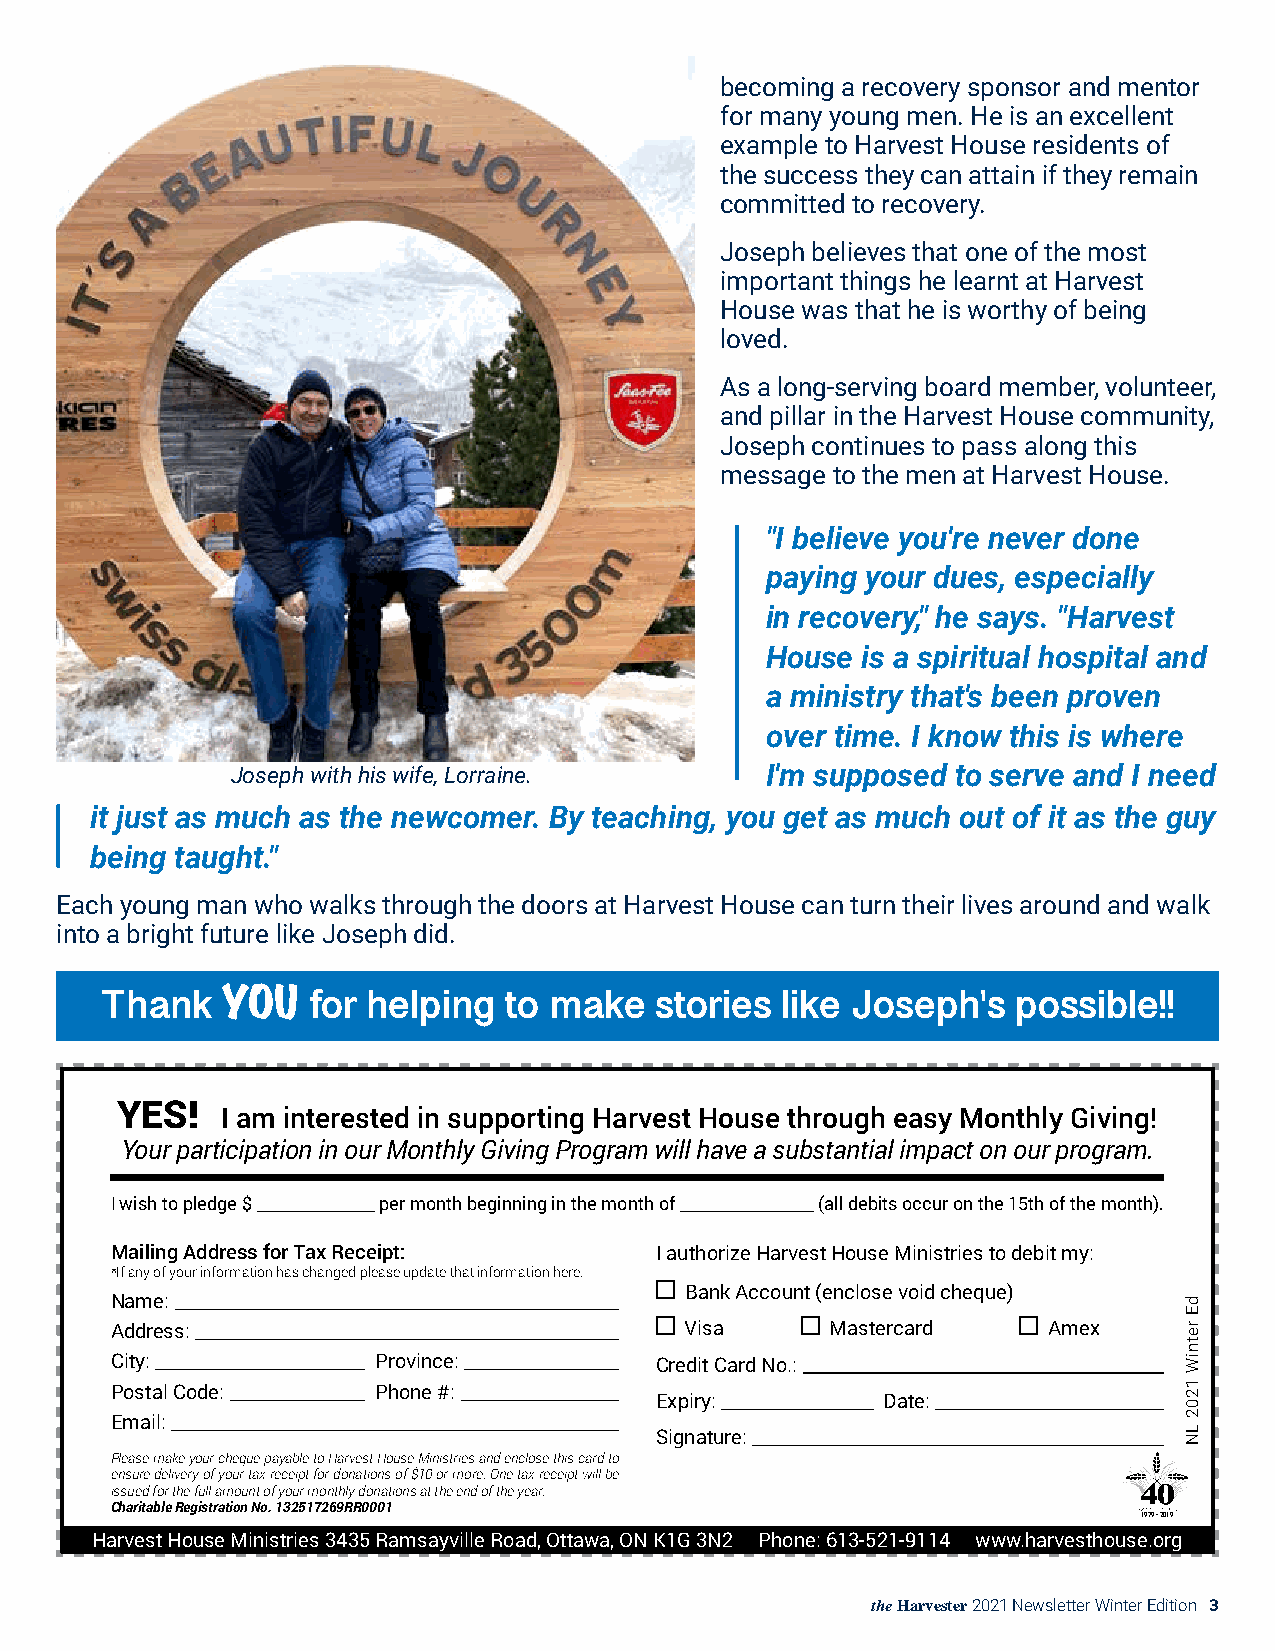
becoming a recovery sponsor and mentor
 for many young men. He is an excellent
 example to Harvest House residents of
 the success they can attain if they remain
 committed to recovery.
 Joseph believes that one of the most
 important things he learnt at Harvest
 House was that he is worthy of being
 loved.
 As a long-serving board member, volunteer,
 and pillar in the Harvest House community,
 Joseph continues to pass along this
 message to the men at Harvest House.
 "I believe you're never done
 paying your dues, especially
 in recovery," he says. "Harvest
 House is a spiritual hospital and
 a ministry that's been proven
 over time. I know this is where
 Joseph with his wife, Lorraine.     I'm supposed to serve and I need
 it just as much as the newcomer. By teaching, you get as much out of it as the guy
 being taught."
 Each young man who walks through the doors at Harvest House can turn their lives around and walk
 into a bright future like Joseph did.
 YOU
 Thank        for helping  to make   stories  like Joseph's  possible!!
 YES!
 I am interested in supporting Harvest House through easy Monthly Giving!
 I wish to pledge $ per month beginning in the month of (all debits occur on the 15th of the month).
 Mailing Address for Tax Receipt:    I authorize Harvest House Ministries to debit my:
 *If any of your information has changed please update that information here.
 Your participation in our Monthly Giving Program wi l lB hanakv Ae cac osuunbt s(etnacnlotisael vimoidp achcetq oune) our program.
 Name:
 Address:                              Visa      Mastercard    Amex
 City:             Province:         Credit Card No.:
 Postal Code:      Phone #:
 Expiry:         Date:
 Email:
 Signature:
 Please make your cheque payable to Harvest House Ministries and enclose this card to
 ensure delivery of your tax receipt for donations of $10 or more. One tax receipt will be
 issued for the full amount of your monthly donations at the end of the year.
 Charitable Registration No. 132517269RR0001
 1979 • 2019
 Harvest House Ministries 3435 Ramsayville Road, Ottawa, ON K1G 3N2 Phone: 613-521-9114 www.harvesthouse.org
 the Harvester 2021 Newsletter Winter Edition 3
 dE
 retniW
 1202
 LN